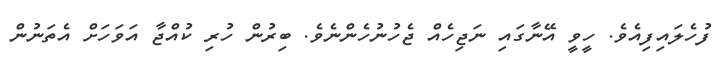
ފުހެލައިފިއެވެ. ހީވީ އޭނާގައި ނަޖިހެއް ޖެހުނުހެންނެވެ. ބިރުން ހުރި ކުއްޖާ އަވަހަށް އެތަނުން